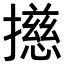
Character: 𢶴